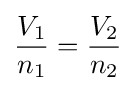
{\frac {V_{1}}{n_{1}}}={\frac {V_{2}}{n_{2}}}